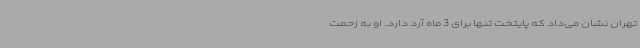
تهران نشان می‌داد که پایتخت تنها برای 3 ‌ماه آرد دارد. او به زحمت